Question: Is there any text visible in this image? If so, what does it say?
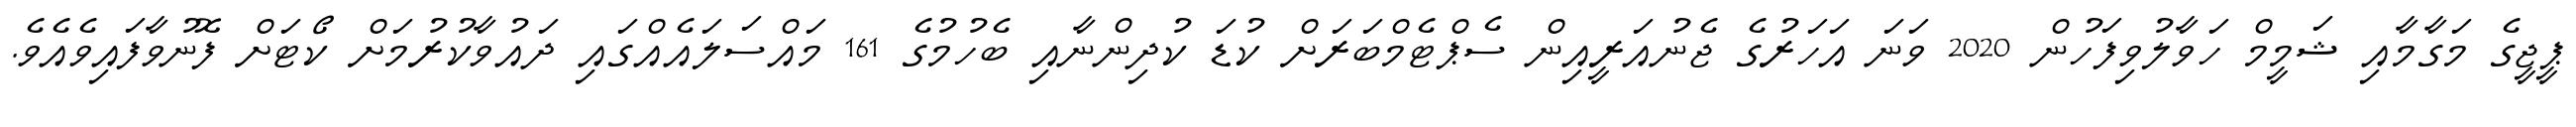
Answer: ޕީޖީގެ މަގާމާއި ޝަމީމް ހަވާލުވިފަހުން 2020 ވަނަ އަހަރުގެ ޖެނުއަރީއިން ސެޕްޓެމްބަރަށް ކުޑަ ކުދިންނާއި ބެހުމުގެ 161 މައްސަލައެއްގައި ދައުވާކުރުމަށް ކޯޓަށް ފޮނުވާފައިވެއެވެ.